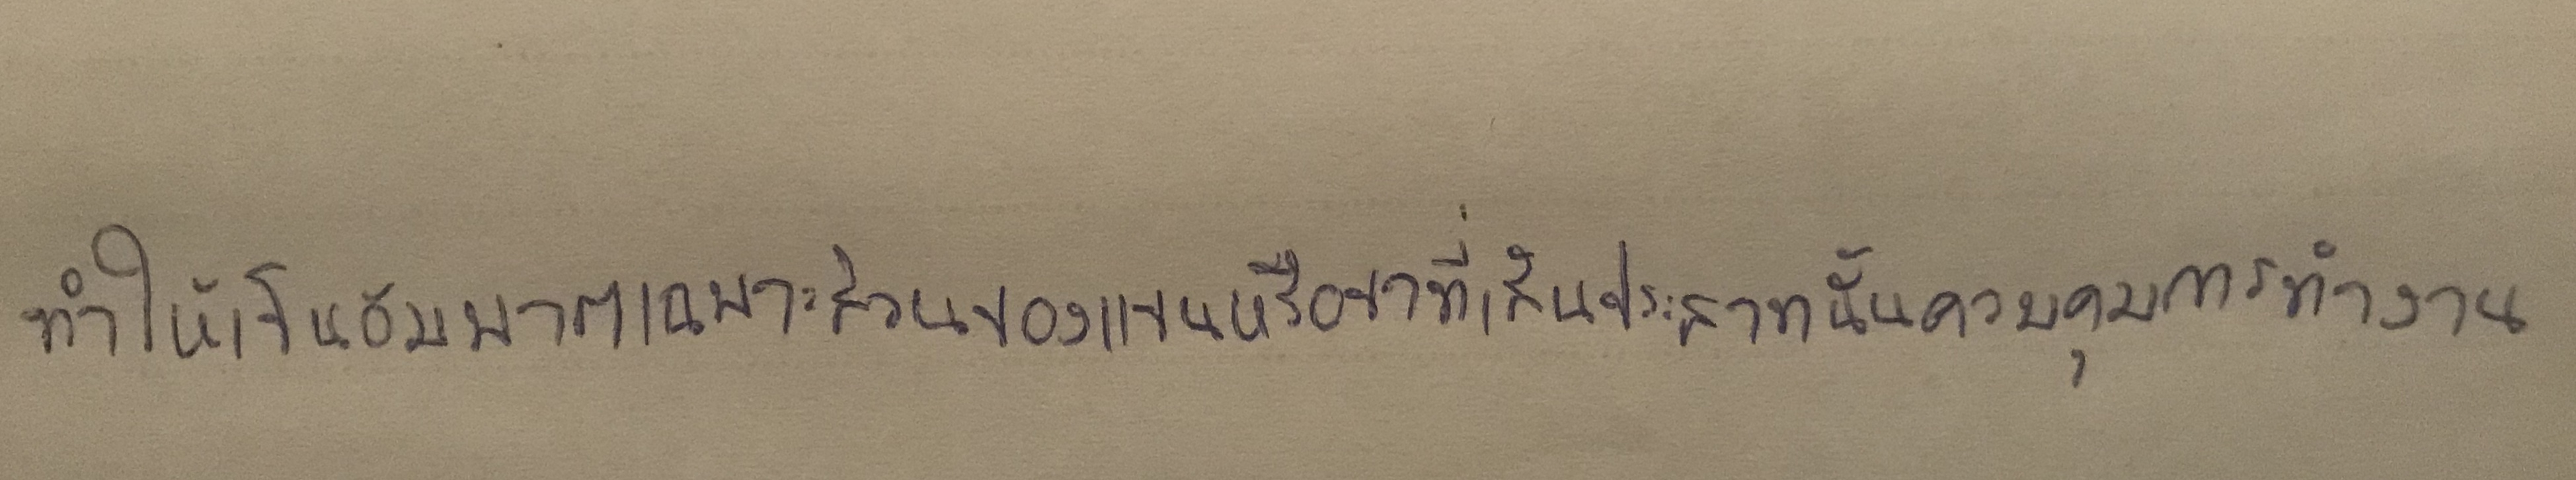
ทำให้เป็นอัมพาตเฉพาะส่วนของแขนหรือขาที่เส้นประสาทนั้นควบคุมการทำงาน